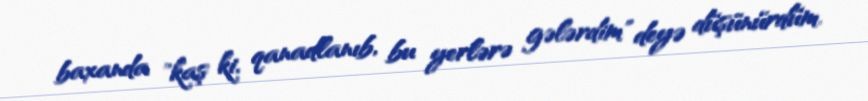
baxanda "kaş ki, qanadlanıb, bu yerlərə gələrdim" deyə düşünürdüm.